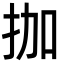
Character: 拁